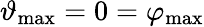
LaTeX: \vartheta_{\mathrm{max}}=0=\varphi_{\mathrm{max}}